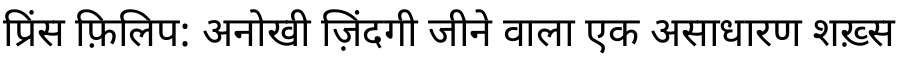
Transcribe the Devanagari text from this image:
प्रिंस फ़िलिप: अनोखी ज़िंदगी जीने वाला एक असाधारण शख़्स